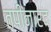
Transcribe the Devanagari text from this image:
तपीनारद